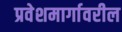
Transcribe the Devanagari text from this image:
प्रवेशमार्गावरील